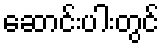
ဆောင်းပါးတွင်